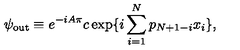
\psi _ { \mathrm { o u t } } \equiv e ^ { - i A \pi } c \exp \{ i \sum _ { i = 1 } ^ { N } p _ { N + 1 - i } x _ { i } \} ,